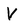
Character: V